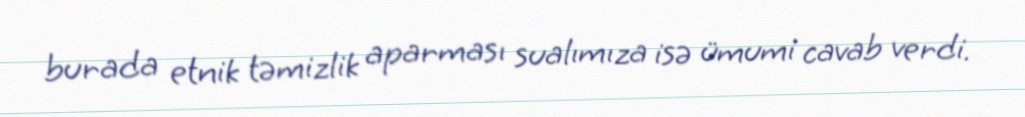
burada etnik təmizlik aparması sualımıza isə ümumi cavab verdi.